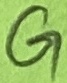
Text: G